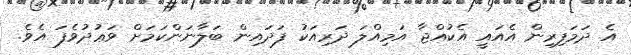
އެ ދަމަފިރިން އެއައީ އެކުއްޖާ އަމިއްލަ ދަރިއަކު ފަދައިން ބަލާނަންކަމަށް ވަޢުދުވެފަ އެވެ.